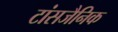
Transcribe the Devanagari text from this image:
टांसजैनिक